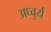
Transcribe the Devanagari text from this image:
अध्वुर्य